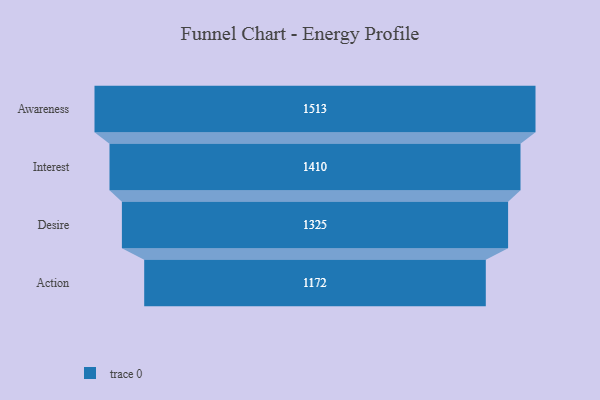
{"axis": {"x": "Stage", "y": "Value"}, "legend": [""], "data": [{"x": "Awareness", "y": 1513.0, "type": ""}, {"x": "Interest", "y": 1410.0, "type": ""}, {"x": "Desire", "y": 1325.0, "type": ""}, {"x": "Action", "y": 1172.0, "type": ""}]}